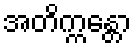
အတိက္ကန္တော